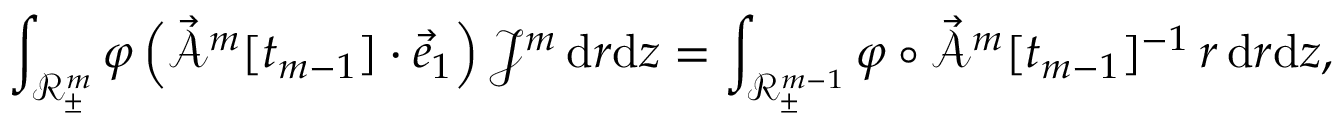
\int _ { \mathscr { R } _ { \pm } ^ { m } } \varphi \, \Bigl ( \mathcal { \vec { A } } ^ { m } [ t _ { m - 1 } ] \cdot \vec { e } _ { 1 } \Bigr ) \, \mathcal { J } ^ { m } \, \mathrm { d } r \mathrm { d } z = \int _ { \mathscr { R } _ { \pm } ^ { m - 1 } } \varphi \circ \mathcal { \vec { A } } ^ { m } [ t _ { m - 1 } ] ^ { - 1 } \, r \, \mathrm { d } r \mathrm { d } z ,